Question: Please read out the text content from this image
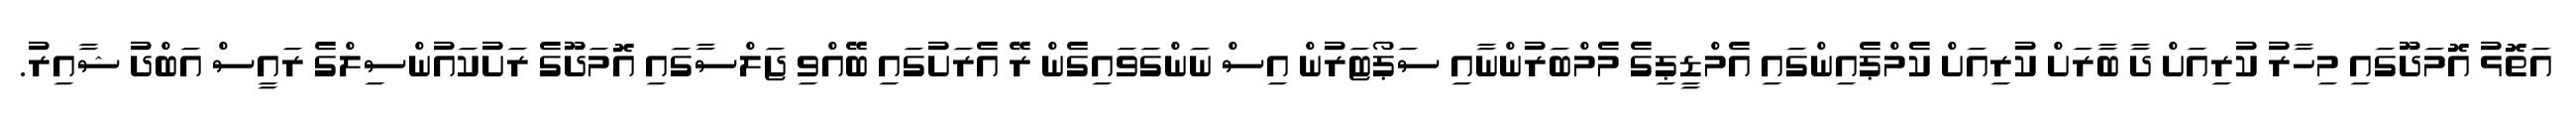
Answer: އަތޮޅު އޮމަދޫގައި މިހާރު ކުރިއަށް ދާ ބާރަށް ކުރިއަށް ކެމްޕެއިންގައި އެމްޑީޕިގެ މެމްބަރުންނާއި ސަޕޯޓަރުން އިސް ނަންގަވައިގެން ރޭ އެރަށުގައި ބޭއްވި ޖަލްސާގައި އޮމަދޫގެ ރަށުކައުންސިލްގެ ރައީސް އަބްދު ޝާއިރު.